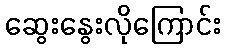
ဆွေးနွေးလိုကြောင်း